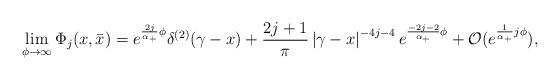
LaTeX: \begin{align*}\lim_{\phi \rightarrow \infty }\Phi _j(x,\bar x)=e^{\frac{2j}{\alpha_{+}}\phi }\delta ^{(2)}(\gamma -x)+\frac {2j+1}{\pi} \left| \gamma-x\right| ^{-4j-4}e^{\frac{-2j-2}{\alpha _{+}}\phi }+{\cal O}(e^{\frac1{\alpha _{+}}j\phi }), \end{align*}